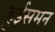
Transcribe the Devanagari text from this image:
हुईसमन